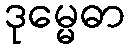
ဒုမ္မေဓာ